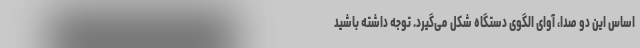
اساس این دو صدا، آوای الگوی دستگاه‌ شکل می‌گیرد. توجه داشته باشید